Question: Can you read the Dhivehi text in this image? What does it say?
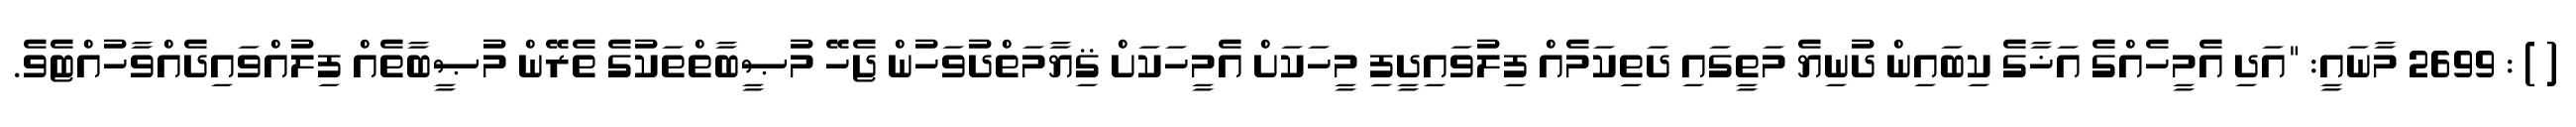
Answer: ( ) : 2699 މާނައީ: "އަދި އެމީހެއްގެ އަޚާގެ ކިބައިން ދުނިޔެ މަތީގައި ދަތިކަމެއް ފިލުވައިދީފި މީހަކަށް އެމީހަކަށް ޤިޔާމަތްދުވަހުން ޖެހޭ މުޞީބާތްތަކުގެ ތެރޭން މުޞީބާތެއް ފިލުއްވައިދެއްވާހުއްޓެވެ.